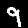
Digit: 9